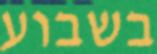
בשבוע